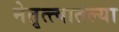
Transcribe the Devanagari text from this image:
नेतृत्त्वातल्या